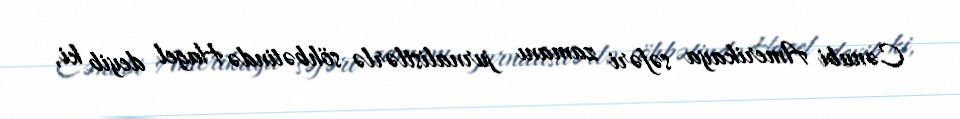
Cənubi Amerikaya səfəri zamanı jurnalistlərlə söhbətində Hagel deyib ki,